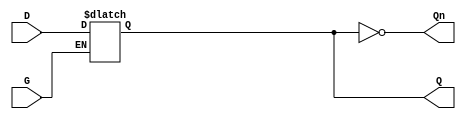
module async_gated_latch (
    input wire D,      // Data input
    input wire G,      // Gate input
    output reg Q,      // Output
    output wire Qn     // Inverted output
);

// Inverted output
assign Qn = ~Q;

// Always block to implement the latch functionality
always @(*) begin
    if (G) begin
        Q = D;  // Capture the value of D when G is high
    end
    // When G is low, Q retains its previous value (latch behavior)
end

endmodule